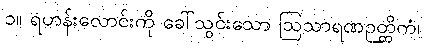
၁။ ရဟန်းလောင်းကို ခေါ်သွင်းသော ဩသာရဏဉတ္တိကံ၊